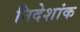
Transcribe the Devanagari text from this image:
निदेशांक